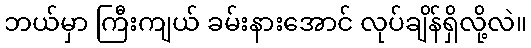
ဘယ်မှာ ကြီးကျယ် ခမ်းနားအောင် လုပ်ချိန်ရှိလို့လဲ။